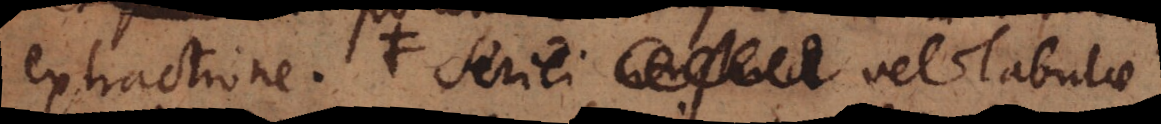
extractione. Seriei vel tabulae